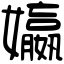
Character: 㜲